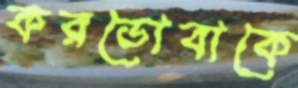
করডোবাকে